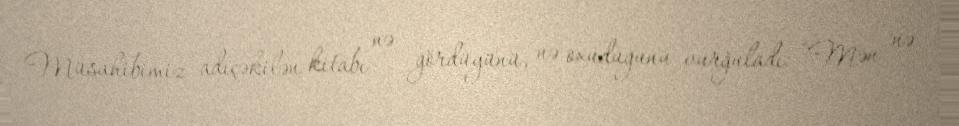
Müsahibimiz adıçəkilən kitabı nə gördüyünü, nə oxuduğunu vurğuladı: “Mən nə